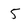
Character: 5